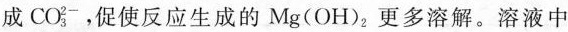
成CO_{3}^{2-}。，促使反应生成的MgOH_{2|更多溶解。溶液中